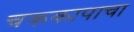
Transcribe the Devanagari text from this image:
चक्रकापाचा